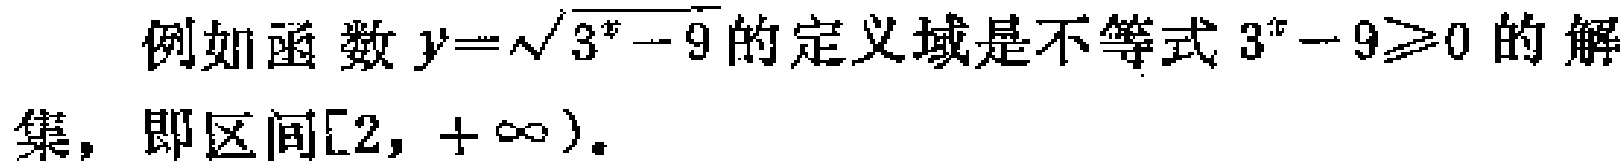
例如函数\(y = \sqrt{3^{x}-9}\)的定义域是不等式\(3^{x}-9\geq0\)的解集，即区间\([2, +\infty)\)。